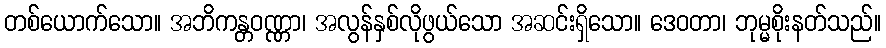
တစ်ယောက်သော။ အဘိကန္တဝဏ္ဏာ၊ အလွန်နှစ်လိုဖွယ်သော အဆင်းရှိသော။ ဒေဝတာ၊ ဘုမ္မစိုးနတ်သည်။